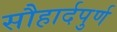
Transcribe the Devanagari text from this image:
सौहार्दपुर्ण